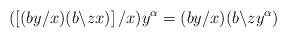
LaTeX: \begin{align*}(\left[(by/x)(b\backslash zx)\right]/x)y^{\alpha}= (by/x)(b\backslash zy^{\alpha})\end{align*}